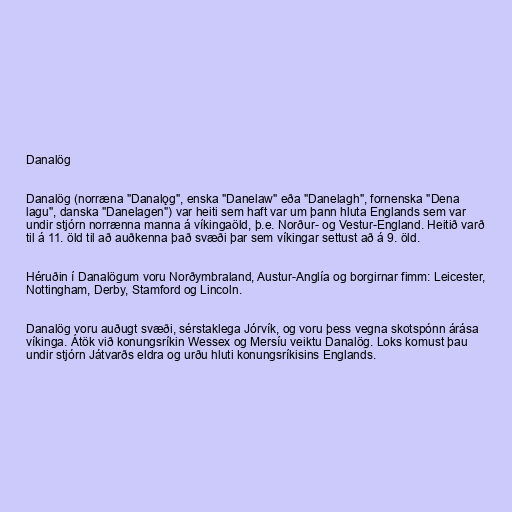
Danalög

Danalög (norræna "Danalǫg", enska "Danelaw" eða "Danelagh", fornenska "Dena
lagu", danska "Danelagen") var heiti sem haft var um þann hluta Englands sem var
undir stjórn norrænna manna á víkingaöld, þ.e. Norður- og Vestur-England. Heitið varð
til á 11. öld til að auðkenna það svæði þar sem víkingar settust að á 9. öld.

Héruðin í Danalögum voru Norðymbraland, Austur-Anglía og borgirnar fimm: Leicester,
Nottingham, Derby, Stamford og Lincoln.

Danalög voru auðugt svæði, sérstaklega Jórvík, og voru þess vegna skotspónn árása
víkinga. Átök við konungsríkin Wessex og Mersíu veiktu Danalög. Loks komust þau
undir stjórn Játvarðs eldra og urðu hluti konungsríkisins Englands.